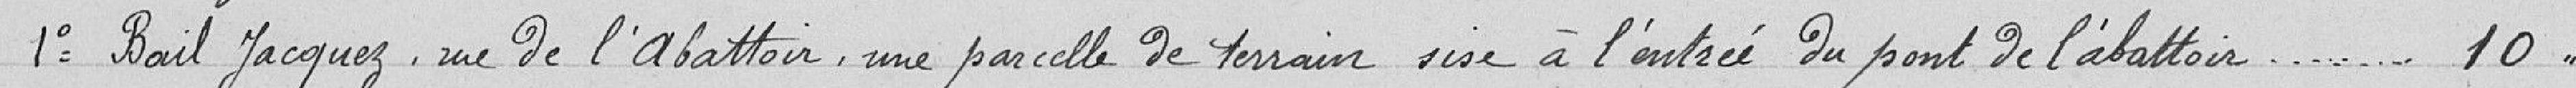
1° Bail Jacquez, rue de l'Abattoir, une parcelle de terrain sise à l'entrée du pont de l'abattoir  ..... 10,00